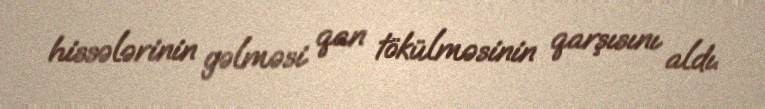
hissələrinin gəlməsi qan tökülməsinin qarşısını aldı.